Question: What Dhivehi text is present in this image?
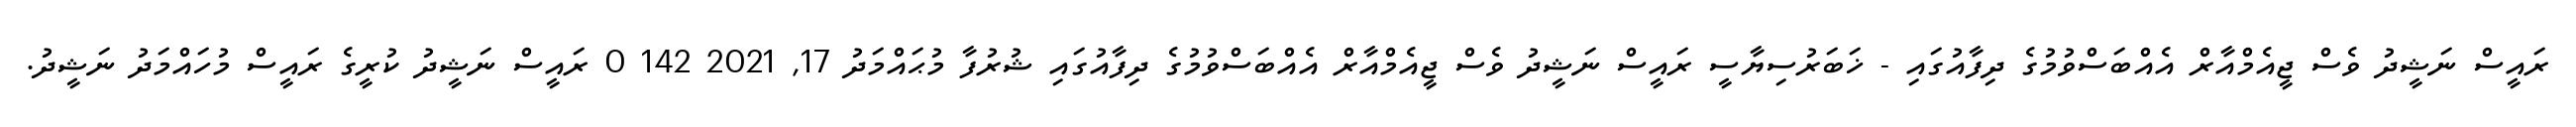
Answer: ރައީސް ނަޝީދު ވެސް ޖީއެމްއާރް އެއްބަސްވުމުގެ ދިފާއުގައި - ޚަބަރުސިޔާސީ ރައީސް ނަޝީދު ވެސް ޖީއެމްއާރް އެއްބަސްވުމުގެ ދިފާއުގައި ޝުރުފާ މުޙައްމަދު 17, 2021 142 0 ރައީސް ނަޝީދު ކުރީގެ ރައީސް މުހައްމަދު ނަޝީދު.